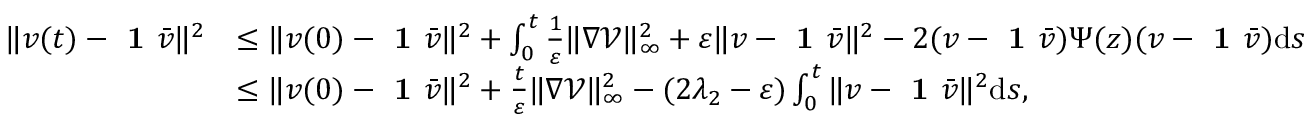
\begin{array} { r l } { \| v ( t ) - \textbf { 1 } \bar { v } \| ^ { 2 } } & { \le \| v ( 0 ) - \textbf { 1 } \bar { v } \| ^ { 2 } + \int _ { 0 } ^ { t } \frac { 1 } { \varepsilon } \| \nabla \mathcal V \| _ { \infty } ^ { 2 } + \varepsilon \| v - \textbf { 1 } \bar { v } \| ^ { 2 } - 2 ( v - \textbf { 1 } \bar { v } ) \Psi ( z ) ( v - \textbf { 1 } \bar { v } ) \mathrm d s } \\ & { \le \| v ( 0 ) - \textbf { 1 } \bar { v } \| ^ { 2 } + \frac { t } { \varepsilon } \| \nabla \mathcal V \| _ { \infty } ^ { 2 } - ( 2 \lambda _ { 2 } - \varepsilon ) \int _ { 0 } ^ { t } \| v - \textbf { 1 } \bar { v } \| ^ { 2 } \mathrm d s , } \end{array}